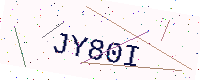
Text: JY80I